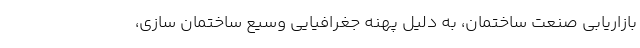
بازاریابی صنعت ساختمان، به دلیل پهنه جغرافیایی وسیع ساختمان سازی،